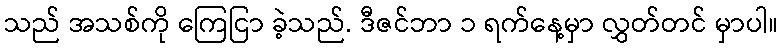
သည် အသစ်ကို ကြေငြာ ခဲ့သည်. ဒီဇင်ဘာ ၁ ရက်နေ့မှာ လွှတ်တင် မှာပါ။